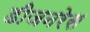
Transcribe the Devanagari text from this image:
डीजनरेस